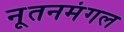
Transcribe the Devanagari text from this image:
नूतनमंगल